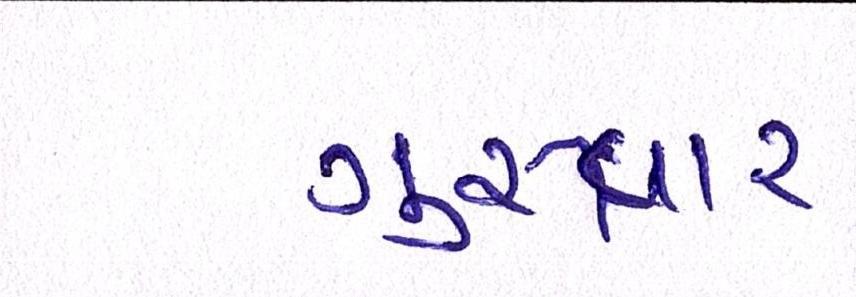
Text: ગુરુવાર